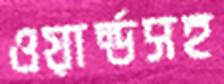
ওয়ার্ল্ডসহ